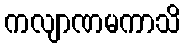
ကလျာဏမကာသိ